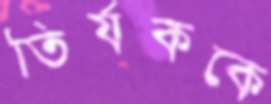
তির্যককে